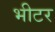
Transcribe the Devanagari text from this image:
भीटर